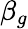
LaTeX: \beta_{g}